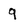
Character: g